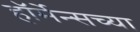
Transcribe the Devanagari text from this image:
हॉर्मेन्सच्या